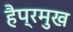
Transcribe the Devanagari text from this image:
हैप्रमुख